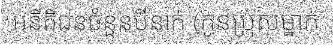
អនីតិជនចំនួនបីនាក់ (កូនប្រុសម្នាក់